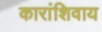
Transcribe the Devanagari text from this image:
कारांशिवाय